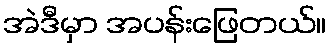
အဲဒီမှာ အပန်းဖြေတယ်။